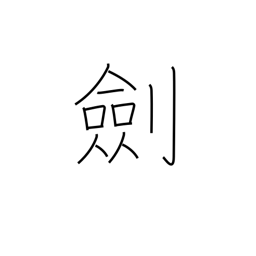
Meaning: sword